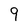
Character: 9